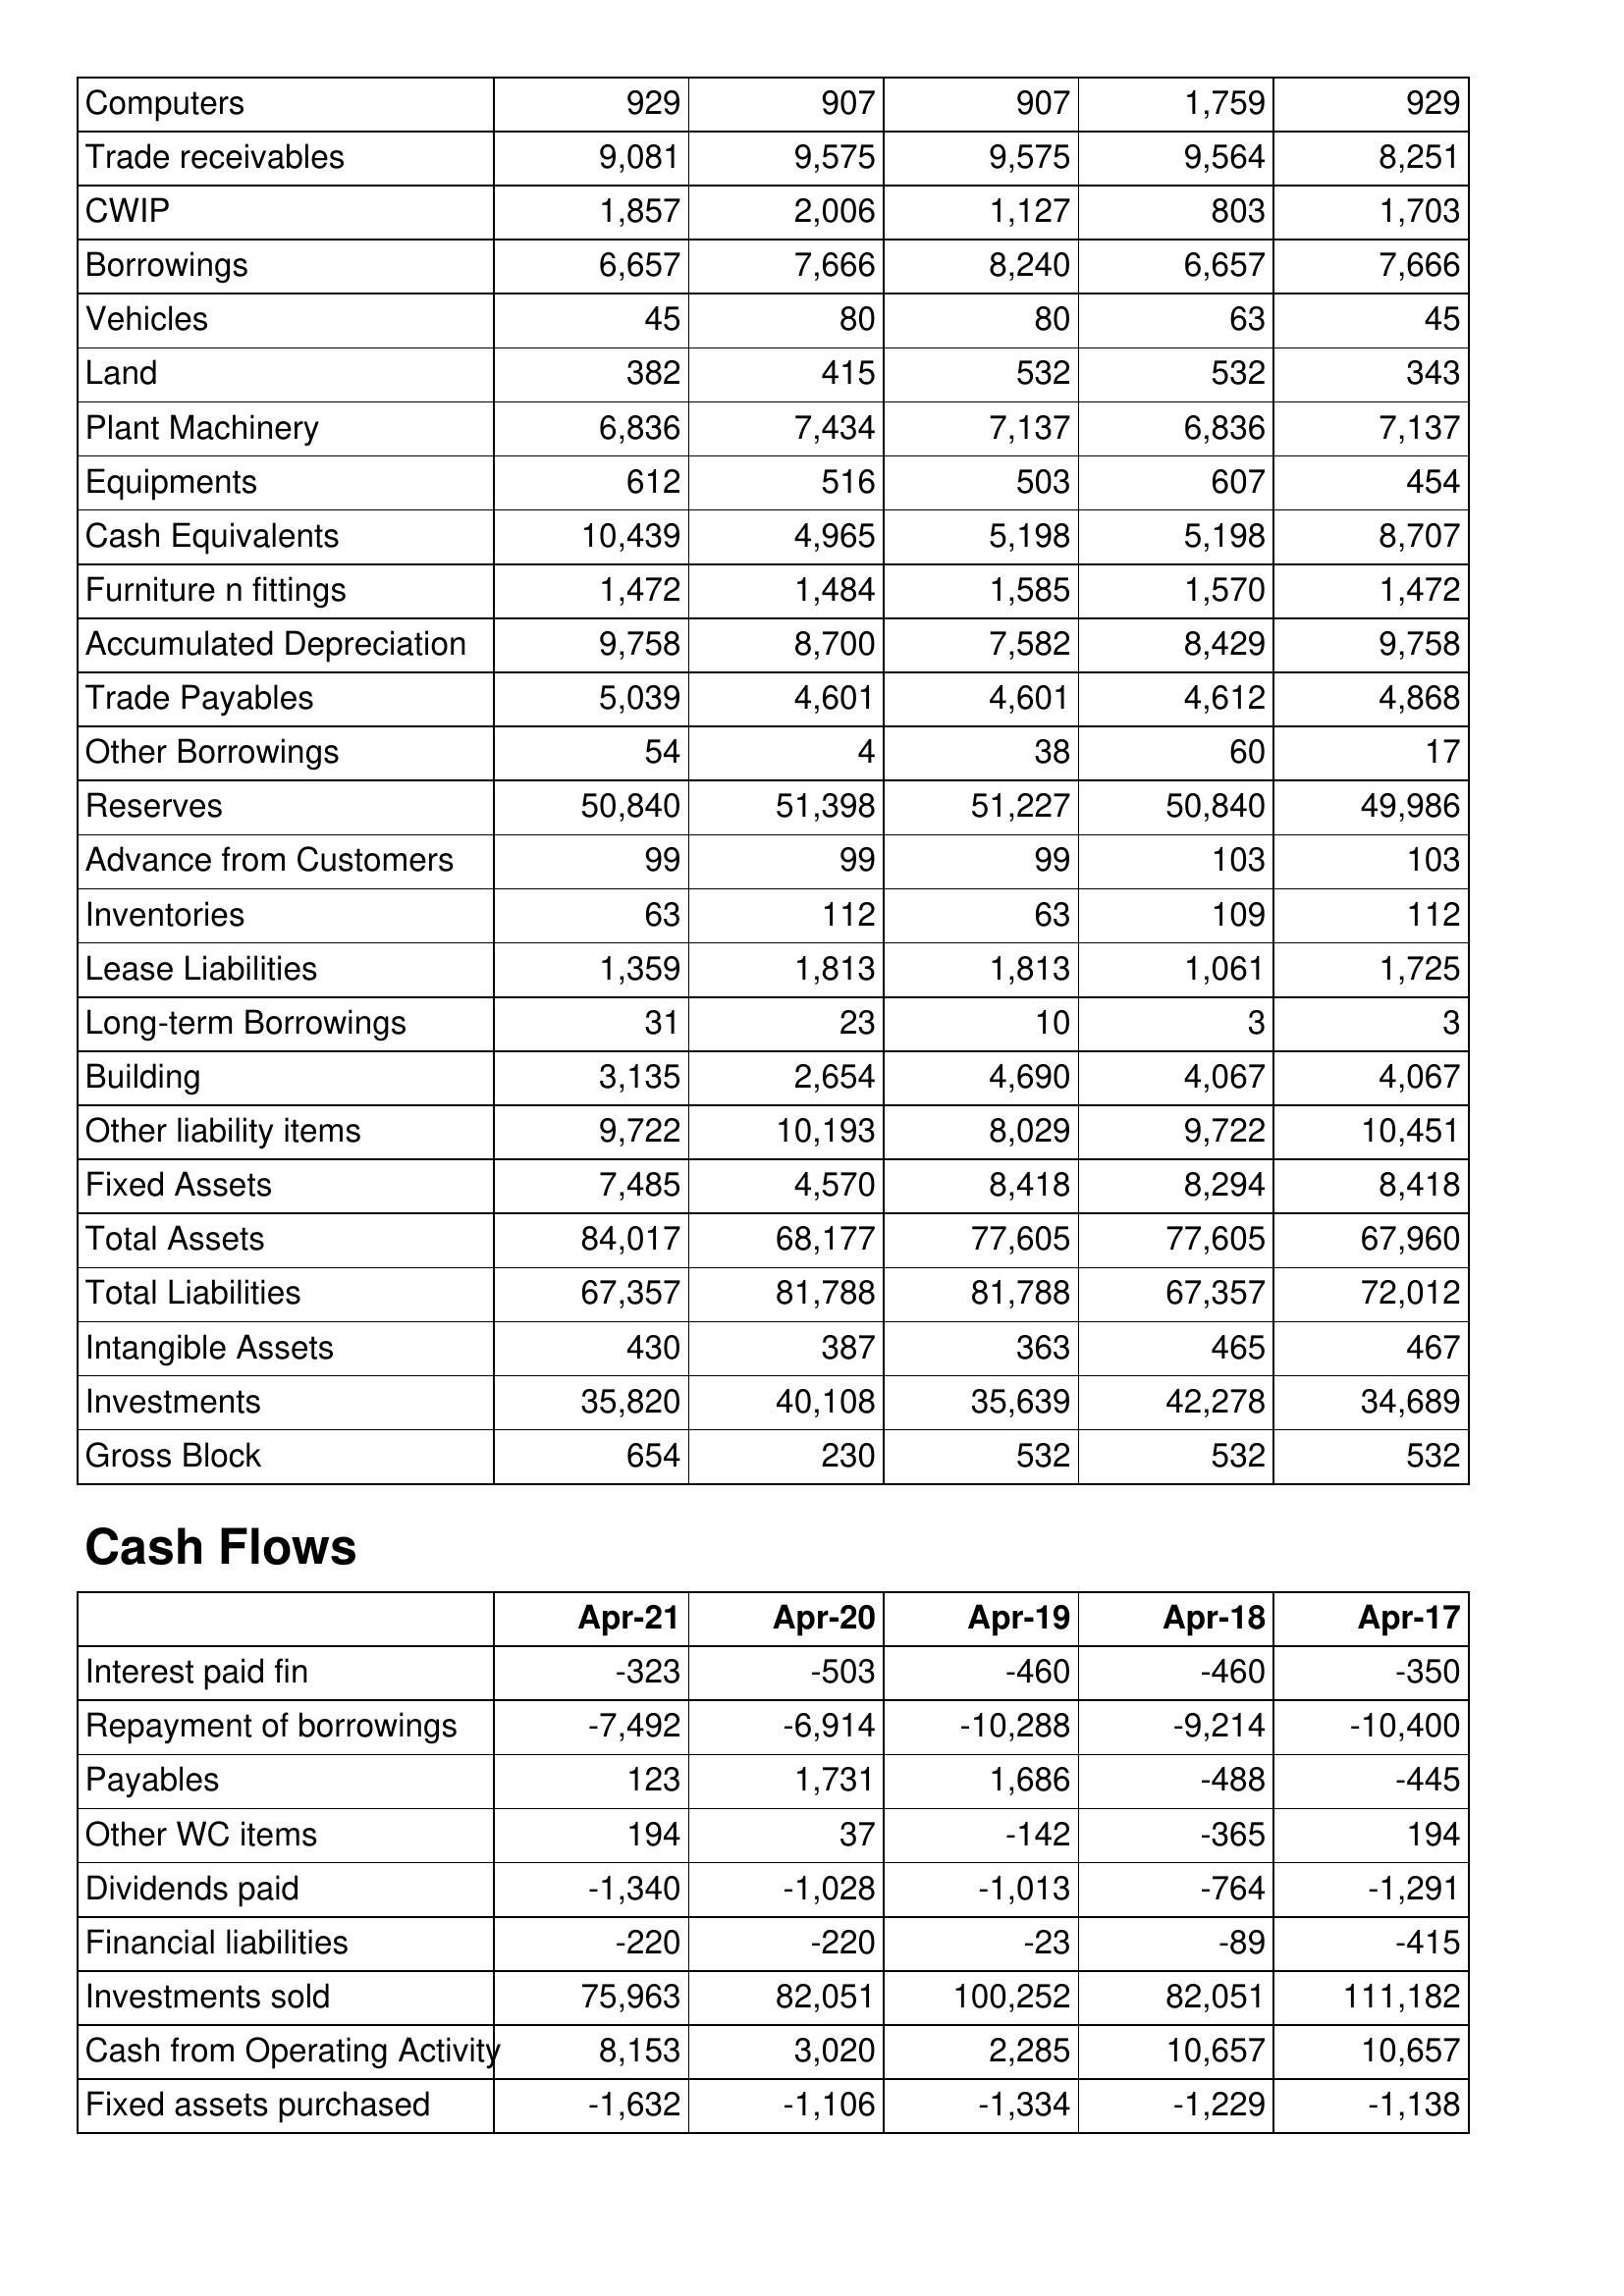
Apr-21: Balance Sheet: Computers: 929
Trade receivables: 9,081
CWIP: 1,857
Borrowings: 6,657
Vehicles: 45
Land: 382
Plant Machinery: 6,836
Equipments: 612
Cash Equivalents: 10,439
Furniture n fittings: 1,472
Accumulated Depreciation: 9,758
Trade Payables: 5,039
Other Borrowings: 54
Reserves: 50,840
Advance from Customers: 99
Inventories: 63
Lease Liabilities: 1,359
Long-term Borrowings: 31
Building: 3,135
Other liability items: 9,722
Fixed Assets: 7,485
Total Assets: 84,017
Total Liabilities: 67,357
Intangible Assets: 430
Investments: 35,820
Gross Block: 654
Cash Flows: Interest paid fin: -323
Repayment of borrowings: -7,492
Payables: 123
Other WC items: 194
Dividends paid: -1,340
Financial liabilities: -220
Investments sold: 75,963
Cash from Operating Activity: 8,153
Fixed assets purchased: -1,632
Apr-20: Balance Sheet: Computers: 907
Trade receivables: 9,575
CWIP: 2,006
Borrowings: 7,666
Vehicles: 80
Land: 415
Plant Machinery: 7,434
Equipments: 516
Cash Equivalents: 4,965
Furniture n fittings: 1,484
Accumulated Depreciation: 8,700
Trade Payables: 4,601
Other Borrowings: 4
Reserves: 51,398
Advance from Customers: 99
Inventories: 112
Lease Liabilities: 1,813
Long-term Borrowings: 23
Building: 2,654
Other liability items: 10,193
Fixed Assets: 4,570
Total Assets: 68,177
Total Liabilities: 81,788
Intangible Assets: 387
Investments: 40,108
Gross Block: 230
Cash Flows: Interest paid fin: -503
Repayment of borrowings: -6,914
Payables: 1,731
Other WC items: 37
Dividends paid: -1,028
Financial liabilities: -220
Investments sold: 82,051
Cash from Operating Activity: 3,020
Fixed assets purchased: -1,106
Apr-19: Balance Sheet: Computers: 907
Trade receivables: 9,575
CWIP: 1,127
Borrowings: 8,240
Vehicles: 80
Land: 532
Plant Machinery: 7,137
Equipments: 503
Cash Equivalents: 5,198
Furniture n fittings: 1,585
Accumulated Depreciation: 7,582
Trade Payables: 4,601
Other Borrowings: 38
Reserves: 51,227
Advance from Customers: 99
Inventories: 63
Lease Liabilities: 1,813
Long-term Borrowings: 10
Building: 4,690
Other liability items: 8,029
Fixed Assets: 8,418
Total Assets: 77,605
Total Liabilities: 81,788
Intangible Assets: 363
Investments: 35,639
Gross Block: 532
Cash Flows: Interest paid fin: -460
Repayment of borrowings: -10,288
Payables: 1,686
Other WC items: -142
Dividends paid: -1,013
Financial liabilities: -23
Investments sold: 100,252
Cash from Operating Activity: 2,285
Fixed assets purchased: -1,334
Apr-18: Balance Sheet: Computers: 1,759
Trade receivables: 9,564
CWIP: 803
Borrowings: 6,657
Vehicles: 63
Land: 532
Plant Machinery: 6,836
Equipments: 607
Cash Equivalents: 5,198
Furniture n fittings: 1,570
Accumulated Depreciation: 8,429
Trade Payables: 4,612
Other Borrowings: 60
Reserves: 50,840
Advance from Customers: 103
Inventories: 109
Lease Liabilities: 1,061
Long-term Borrowings: 3
Building: 4,067
Other liability items: 9,722
Fixed Assets: 8,294
Total Assets: 77,605
Total Liabilities: 67,357
Intangible Assets: 465
Investments: 42,278
Gross Block: 532
Cash Flows: Interest paid fin: -460
Repayment of borrowings: -9,214
Payables: -488
Other WC items: -365
Dividends paid: -764
Financial liabilities: -89
Investments sold: 82,051
Cash from Operating Activity: 10,657
Fixed assets purchased: -1,229
Apr-17: Balance Sheet: Computers: 929
Trade receivables: 8,251
CWIP: 1,703
Borrowings: 7,666
Vehicles: 45
Land: 343
Plant Machinery: 7,137
Equipments: 454
Cash Equivalents: 8,707
Furniture n fittings: 1,472
Accumulated Depreciation: 9,758
Trade Payables: 4,868
Other Borrowings: 17
Reserves: 49,986
Advance from Customers: 103
Inventories: 112
Lease Liabilities: 1,725
Long-term Borrowings: 3
Building: 4,067
Other liability items: 10,451
Fixed Assets: 8,418
Total Assets: 67,960
Total Liabilities: 72,012
Intangible Assets: 467
Investments: 34,689
Gross Block: 532
Cash Flows: Interest paid fin: -350
Repayment of borrowings: -10,400
Payables: -445
Other WC items: 194
Dividends paid: -1,291
Financial liabilities: -415
Investments sold: 111,182
Cash from Operating Activity: 10,657
Fixed assets purchased: -1,138